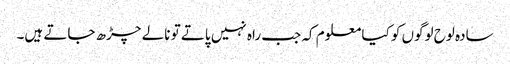
سادہ لوح لوگوں کو کیا معلوم کہ جب راہ نہیں پاتے تو نالے چڑھ جاتے ہیں۔